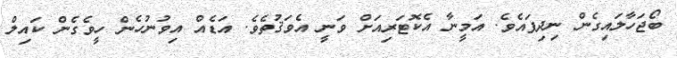
ބޯޖަހާލައިގެން ނިދިފައެވެ. އަމީނާ އެކޮޓަރިއަށް ވަނީ އެވަޤުތެވެ. އަޑެއް އިވުނުހެން ހީވެގެން ކައިލް